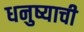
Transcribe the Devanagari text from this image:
धनुष्याची